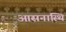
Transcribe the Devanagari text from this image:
आसनास्थि